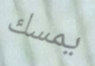
يمسك